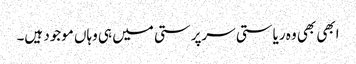
ابھی بھی وہ ریاستی سرپرستی میں ہی وہاں موجود ہیں۔